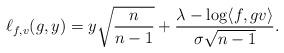
LaTeX: \begin{align*}\ell_{f,v} (g,y) = y \sqrt{\frac{n}{n - 1}} + \frac{\lambda - \log \langle f, g v \rangle}{\sigma \sqrt{n-1}}. \end{align*}